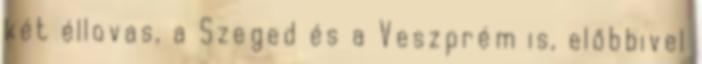
két éllovas, a Szeged és a Veszprém is, előbbivel